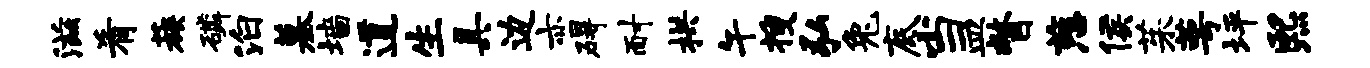
滋肴蔟磷泊墓墙道生具边亦碍耐拱午搜弘兔底当皿瞥慈侯茱萼坪熙